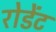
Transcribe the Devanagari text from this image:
रोडेंट